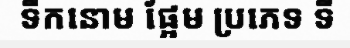
ទឹកនោម ផ្អែម ប្រភេទ ទី